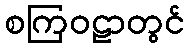
စကြဝဠာတွင်